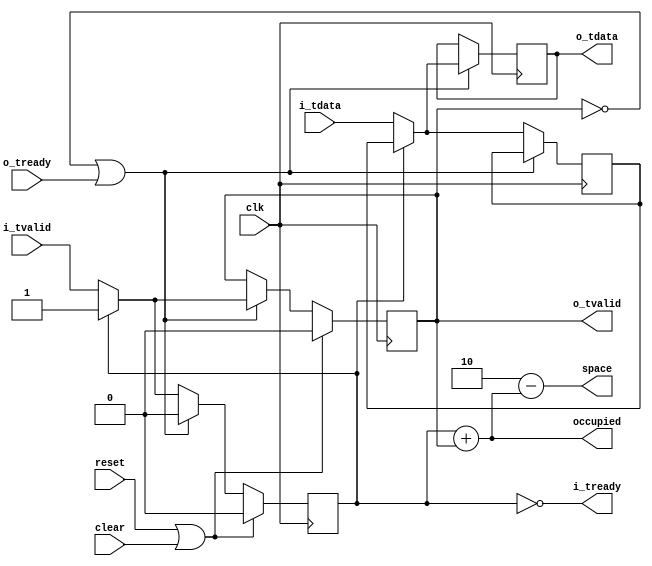
//
// Copyright 2015 Ettus Research LLC
//
// Single cycle latency, depth of 2 "Flip flop" with no end to end combinatorial paths on
// AXI control signals (such as i_tready depends on o_tready). Breaking the combinatorial
// paths requires an additional register stage.
//
// Note: Once i_tvalid is asserted, it cannot be deasserted without i_tready having asserted
//       indicating i_tdata has been read. This is an AXI stream requirement.

module axi_fifo_flop2 #(
  parameter WIDTH = 32
)(
  input clk,
  input reset,
  input clear,
  input [WIDTH-1:0] i_tdata,
  input i_tvalid,
  output i_tready,
  output reg [WIDTH-1:0] o_tdata,
  output reg o_tvalid,
  input o_tready,
  output [1:0] space,
  output [1:0] occupied);

  reg [WIDTH-1:0] i_tdata_temp;
  reg             i_tvalid_temp;

  assign i_tready = ~i_tvalid_temp;

  always @(posedge clk) begin
    if (~o_tvalid | o_tready) begin
      if (i_tvalid_temp) begin
        o_tvalid      <= 1'b1;
        o_tdata       <= i_tdata_temp;
      end else begin
        o_tvalid      <= i_tvalid;
        o_tdata       <= i_tdata;
      end
      i_tvalid_temp   <= 1'b0;
    end else begin
      if (~i_tvalid_temp) begin
        i_tvalid_temp <= i_tvalid;
        i_tdata_temp  <= i_tdata;
      end
    end
    if (reset | clear) begin
      o_tvalid      <= 1'b0;
      i_tvalid_temp <= 1'b0;
    end
  end

  assign occupied = i_tvalid_temp + o_tvalid;
  assign space    = 2 - occupied;

endmodule